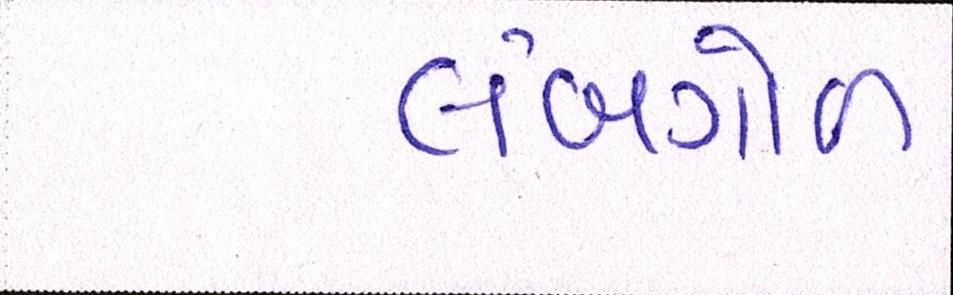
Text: લંબગોળ